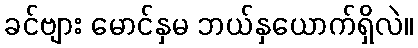
ခင်ဗျား မောင်နှမ ဘယ်နှယောက်ရှိလဲ။